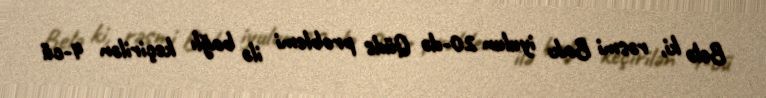
Belə ki, rəsmi Bakı iyulun 20-də Qüds problemi ilə bağlı keçirilən 4-cü